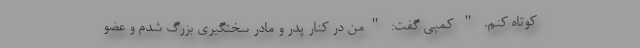
کوتاه کنم. " کمپی گفت: "من در کنار پدر و مادر سختگیری بزرگ شدم و عضو